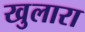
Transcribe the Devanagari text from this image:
खुलारा